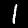
Digit: 1